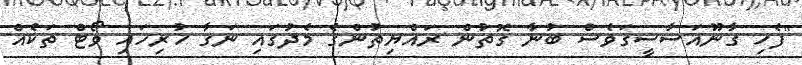
"ފެހި ގާނޫއަސާސީގަވެސް ބުނާ ގޮތުން ރައްޔިތުންގެ މެދުގައި ނަގާ ހުރިހައި ވޯޓް ތަކެއް